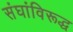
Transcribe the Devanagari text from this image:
संघांविरूद्ध